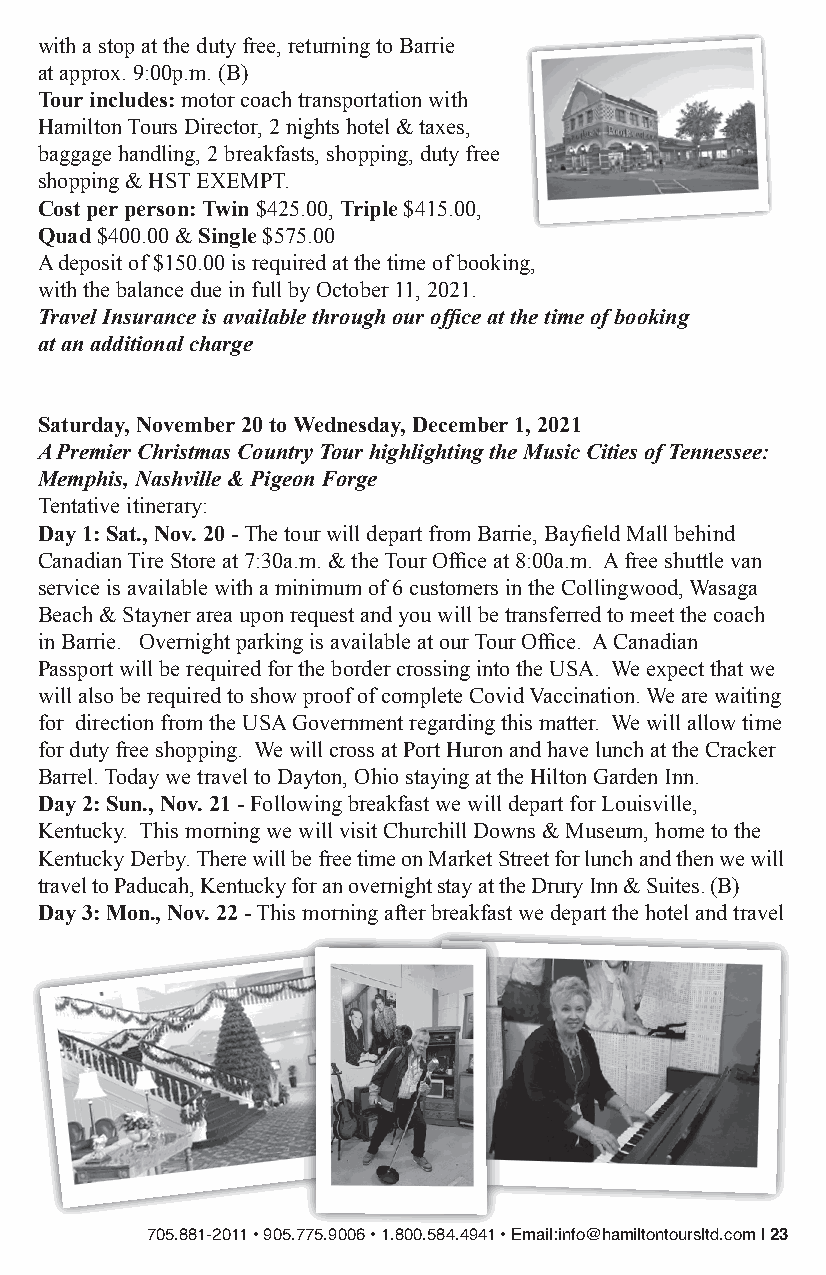
with a stop at the duty free, returning to Barrie
 at approx. 9:00p.m. (B)
 Tour includes: motor coach transportation with
 Hamilton Tours Director, 2 nights hotel & taxes,
 baggage handling, 2 breakfasts, shopping, duty free
 shopping & HST EXEMPT.
 Cost per person: Twin $425.00, Triple $415.00,
 Quad $400.00 & Single $575.00
 A deposit of $150.00 is required at the time of booking,
 with the balance due in full by October 11, 2021.
 Travel Insurance is available through our office at the time of booking
 at an additional charge
 Saturday, November 20 to Wednesday, December 1, 2021
 A Premier Christmas Country Tour highlighting the Music Cities of Tennessee:
 Memphis, Nashville & Pigeon Forge
 Tentative itinerary:
 Day 1: Sat., Nov. 20 - The tour will depart from Barrie, Bayfield Mall behind
 Canadian Tire Store at 7:30a.m. & the Tour Office at 8:00a.m. A free shuttle van
 service is available with a minimum of 6 customers in the Collingwood, Wasaga
 Beach & Stayner area upon request and you will be transferred to meet the coach
 in Barrie. Overnight parking is available at our Tour Office. A Canadian
 Passport will be required for the border crossing into the USA. We expect that we
 will also be required to show proof of complete Covid Vaccination. We are waiting
 for direction from the USA Government regarding this matter. We will allow time
 for duty free shopping. We will cross at Port Huron and have lunch at the Cracker
 Barrel. Today we travel to Dayton, Ohio staying at the Hilton Garden Inn.
 Day 2: Sun., Nov. 21 - Following breakfast we will depart for Louisville,
 Kentucky. This morning we will visit Churchill Downs & Museum, home to the
 Kentucky Derby. There will be free time on Market Street for lunch and then we will
 travel to Paducah, Kentucky for an overnight stay at the Drury Inn & Suites. (B)
 Day 3: Mon., Nov. 22 - This morning after breakfast we depart the hotel and travel
 705.881-2011 • 905.775.9006 • 1.800.584.4941 • Email:info@hamiltontoursltd.com | 23